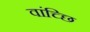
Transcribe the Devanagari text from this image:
वांच्छि